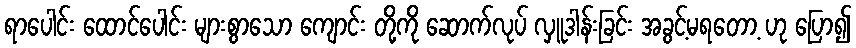
ရာပေါင်း ထောင်ပေါင်း များစွာသော ကျောင်း တို့ကို ဆောက်လုပ် လှူဒါန်းခြင်း အခွင့်မရတော့ ဟု ပြော၍